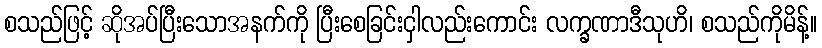
စသည်ဖြင့် ဆိုအပ်ပြီးသောအနက်ကို ပြီးစေခြင်းငှါလည်းကောင်း လက္ခဏာဒီသုဟိ၊ စသည်ကိုမိန့်။